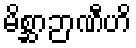
မိစ္ဆာဉာဏီဟိ